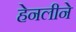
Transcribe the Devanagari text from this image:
हेनलीने